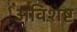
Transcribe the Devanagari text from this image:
अविशष्ट